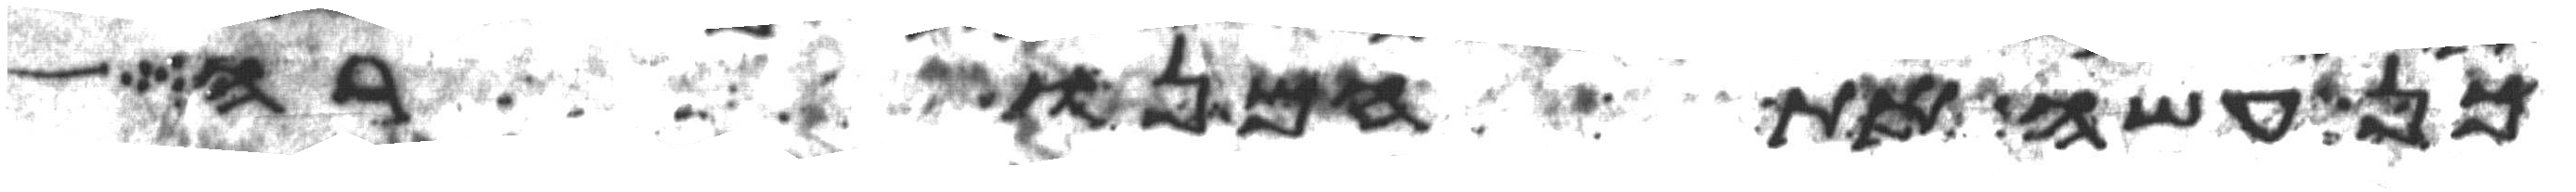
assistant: כן עשה את המנורה